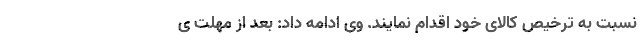
نسبت به ترخیص کالای خود اقدام نمایند. وی ادامه داد: بعد از مهلت ی